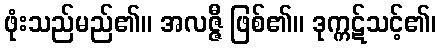
ဖုံးသည်မည်၏။ အလဇ္ဇီ ဖြစ်၏။ ဒုက္ကဋ်သင့်၏၊